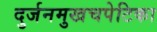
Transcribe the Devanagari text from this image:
दुर्जनमुखचपेटिका